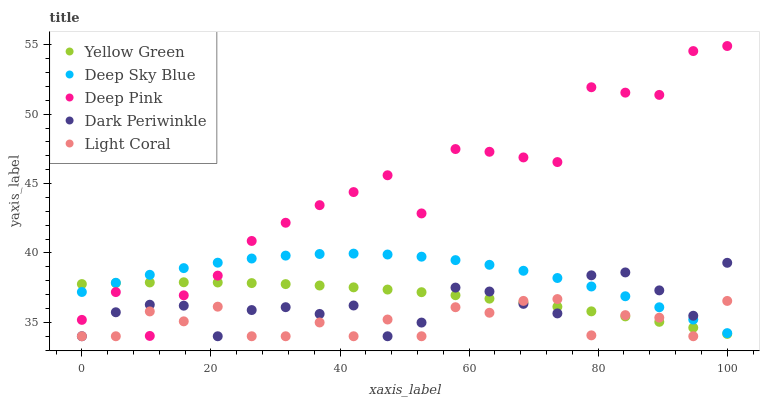
| xaxis_label | Yellow Green | Deep Sky Blue | Deep Pink | Dark Periwinkle | Light Coral |
 | --- | --- | --- | --- | --- | --- |
 | 0 | 37.8 | 37.2 | 35.2 | 34 | 34 |
 | 5.26 | 37.8 | 37.9 | 37.2 | 35.7 | 34 |
 | 10.5 | 37.9 | 38.4 | 34 | 36.3 | 35.8 |
 | 15.8 | 37.9 | 38.9 | 36.9 | 36.2 | 35.1 |
 | 21.1 | 37.9 | 39.3 | 38.4 | 34 | 36.1 |
 | 26.3 | 37.8 | 39.6 | 40.9 | 35.9 | 34 |
 | 31.6 | 37.8 | 39.8 | 42.2 | 36.1 | 34 |
 | 36.8 | 37.7 | 39.9 | 43.4 | 35.6 | 35 |
 | 42.1 | 37.5 | 40 | 44.4 | 36.2 | 34 |
 | 47.4 | 37.4 | 39.9 | 45.6 | 34 | 35.2 |
 | 52.6 | 37.2 | 39.7 | 42.8 | 35 | 34 |
 | 57.9 | 37 | 39.5 | 47.5 | 37.5 | 36.1 |
 | 63.2 | 36.7 | 39.1 | 47.3 | 37.2 | 35.7 |
 | 68.4 | 36.4 | 38.7 | 46.9 | 36.3 | 36.5 |
 | 73.7 | 36.1 | 38.2 | 46.5 | 35.6 | 36.7 |
 | 78.9 | 35.8 | 37.6 | 51.9 | 38.4 | 34.1 |
 | 84.2 | 35.4 | 36.9 | 51.6 | 38.6 | 35.5 |
 | 89.5 | 35 | 36.1 | 51.4 | 37.3 | 35.3 |
 | 94.7 | 34.6 | 35.2 | 54.5 | 35.5 | 34 |
 | 100 | 34.2 | 34.2 | 54.9 | 39.3 | 36.5 |